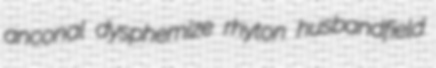
anconal dysphemize rhyton husbandfield